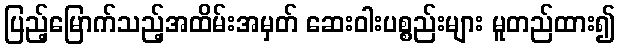
ပြည့်မြောက်သည့်အထိမ်းအမှတ် ဆေးဝါးပစ္စည်းများ မူတည်ထား၍